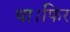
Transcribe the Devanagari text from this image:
था।फिर